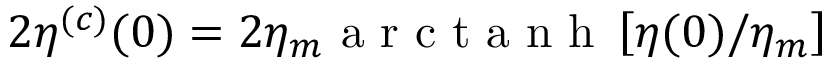
2 \eta ^ { ( c ) } ( 0 ) = 2 \eta _ { m } \mathrm { ~ a ~ r ~ c ~ t ~ a ~ n ~ h ~ } \left[ \eta ( 0 ) / \eta _ { m } \right]